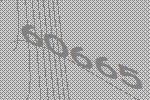
60665